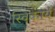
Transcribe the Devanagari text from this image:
स्विकार्य